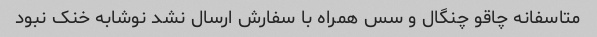
متاسفانه چاقو چنگال و سس همراه با سفارش ارسال نشد نوشابه خنک نبود